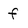
Character: f